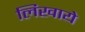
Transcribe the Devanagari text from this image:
लिखाये